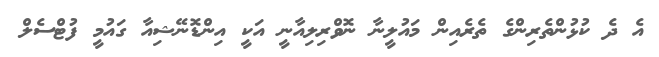
އެ ދެ ކުޅުންތެރިންގެ ތެރެއިން މައުލީނާ ނޮވްރިލިއާނީ އަކީ އިންޑޮނޭޝިއާ ގައުމީ ފުޓްސެލް